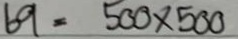
69 = 500 x 500